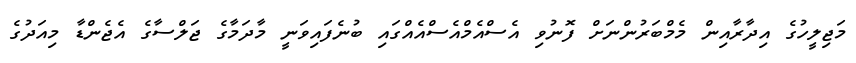
މަޖިލީހުގެ އިދާރާއިން މެމްބަރުންނަށް ފޮނުވި އެސްއެމްއެސްއެއްގައި ބުނެފައިވަނީ މާދަމާގެ ޖަލްސާގެ އެޖެންޑާ މިއަދުގެ